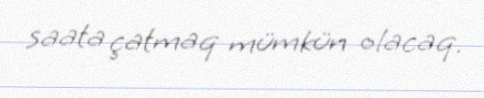
saata çatmaq mümkün olacaq.